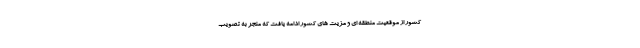
کشور از موقعیت منطقه ای و مزیت های کشور ادامه یافت که منجر به تصویب